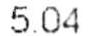
5.04